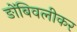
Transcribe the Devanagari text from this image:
ङोंबिवलीकर